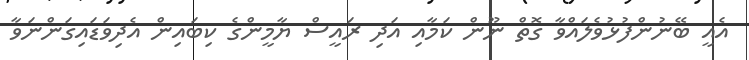
އެއީ ބޭނުންފުޅުވެލައްވާ ގޮތް ނޫން ކަމާއި އަދި ރައީސް ޔާމީންގެ ކިބައިން އެދިވަޑައިގަންނަވާ